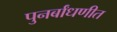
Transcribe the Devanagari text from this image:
पुनर्बांधणीत